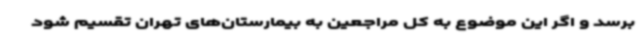
برسد و اگر این موضوع به کل مراجعین به بیمارستان‌های تهران تقسیم شود